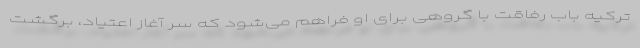
ترکیه باب رفاقت با گروهی برای او فراهم می‌شود که سر آغاز اعتیاد، برگشت